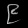
Digit: ၉